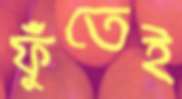
ফুঁতেই